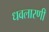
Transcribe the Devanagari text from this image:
धवलारणी